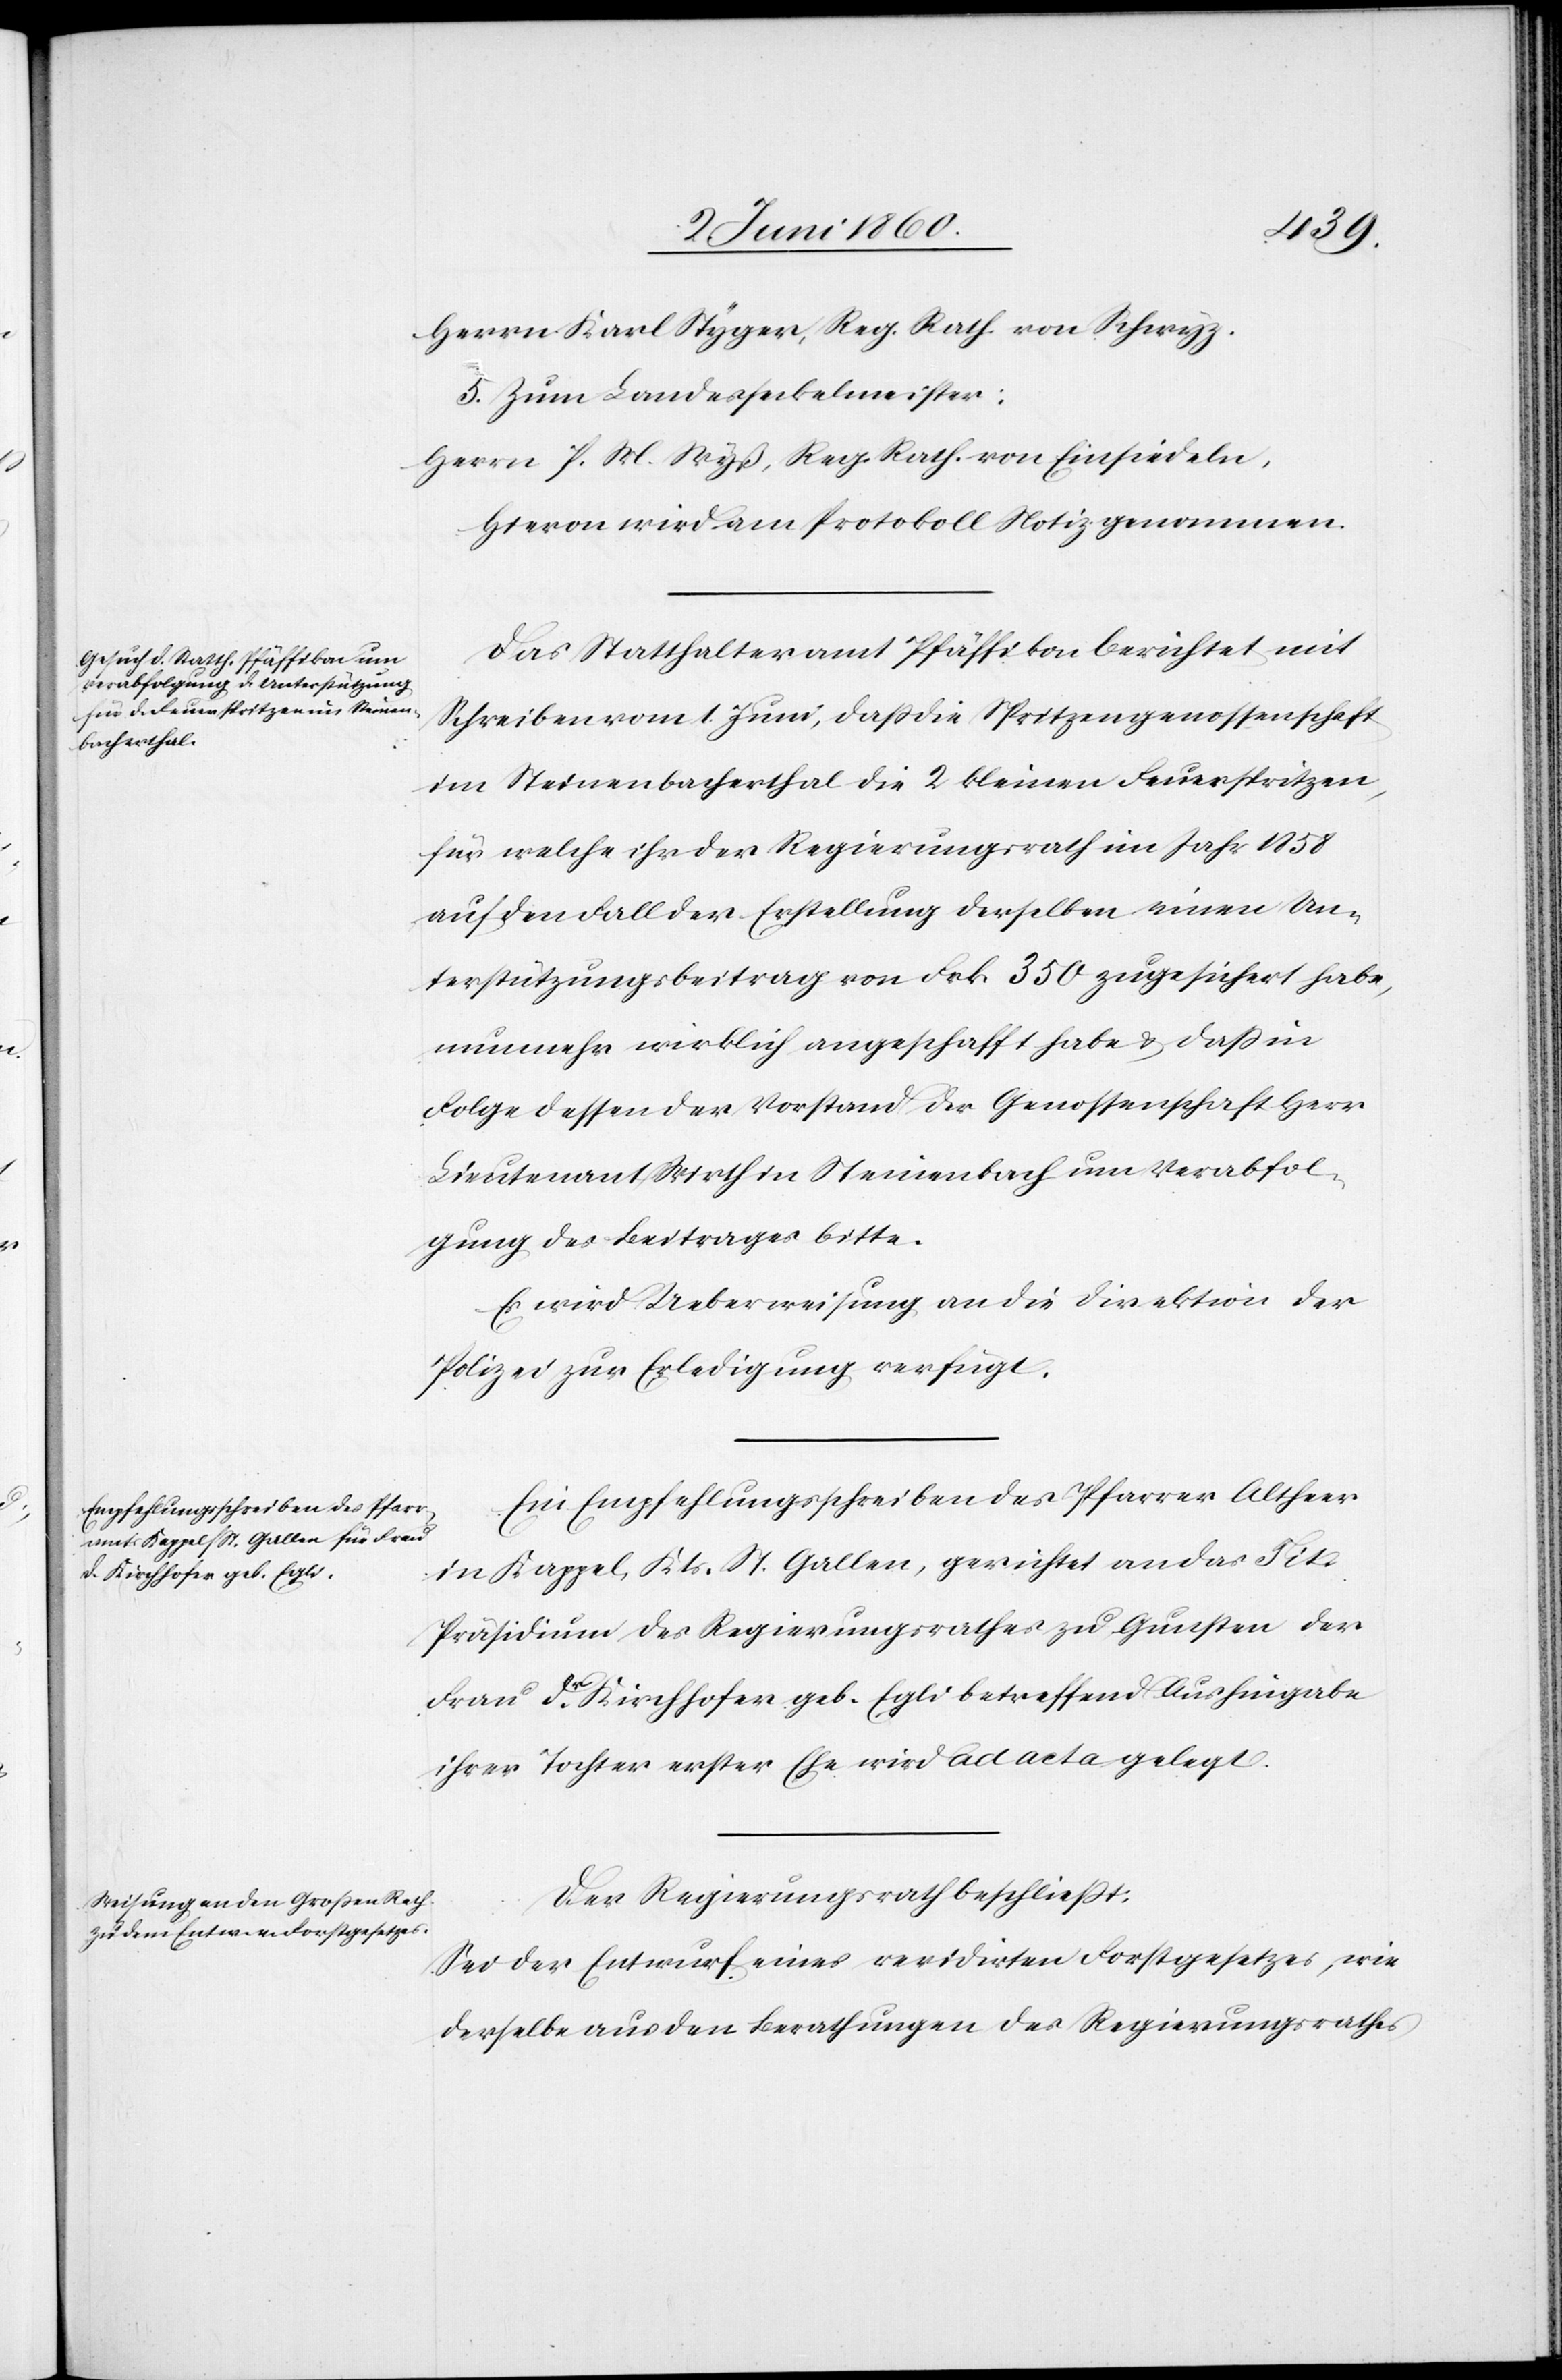
Herrn Karl Styger, Reg. Rath von Schwyz.
5. Zum Landesseckelmeister:
Herrn P. M. Wyß, Reg. Rath, von Einsiedeln.
Hievon wird am Protokoll Notiz genommen.
Das Statthalteramt Pfäffikon berichtet mit
Schreiben vom 1. Juni, dass die Spritzengenossenschaft
im Steinenbacherthal die 2 kleinen Feuerspritzen,
für welche ihr der Regierungsrath im Jahr 1858
auf den Fall der Erstellung derselben einen Un¬
terstützungsbeitrag von Frk. 350 zugesichert habe,
nunmehr wirklich angeschafft habe u. dass in
Folge dessen der Vorstand der Genossenschaft Herr
Lieutenant Wirth in Steinenbach um Verabfol¬
gung des Beitrages bitte.
Es wird Ueberweisung an die Direktion der
Polizei zur Erledigung verfügt.
Ein Empfehlungsschreiben des Pfarrers Altheer
in Kappel, Kts. St. Gallen, gerichtet an das Tit.
Präsidium des Regierungsrathes zu Gunsten der
Frau Dr Kirchhofer geb. Egli betreffend Aushingabe
ihrer Tochter erster Ehe wird ad acta gelegt.
Der Regierungsrath beschliesst:
Sei der Entwurf eines revidirten Forstgesetzes, wie
derselbe aus den Berathungen des Regierungsrathes